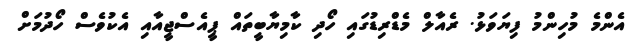
އެންމެ މުހިންމު ފިޔަވަޅު. ރެއާލް މެޑްރިޑުގައި ހޯދި ކާމިޔާބީތައް ޕީއެސްޖީއާއި އެކުވެސް ހޯދުމަށް